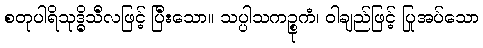
စတုပါရိသုဒ္ဓိသီလဖြင့် ပြီးသော။ သပ္ပါသကဉ္စုကံ၊ ဝါချည်ဖြင့် ပြုအပ်သော